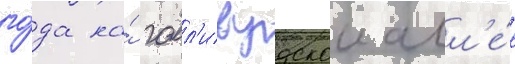
го́да на́ голл'ивудскои алл'е́е